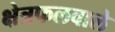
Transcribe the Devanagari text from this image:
क्षेत्रफलवाले